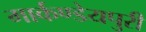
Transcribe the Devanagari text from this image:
मार्कण्डेयपुरी